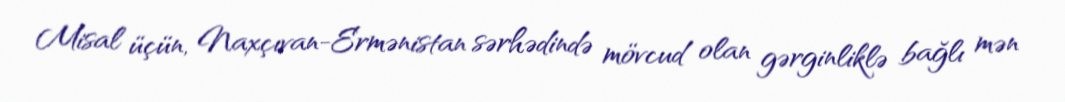
Misal üçün, Naxçıvan-Ermənistan sərhədində mövcud olan gərginliklə bağlı mən